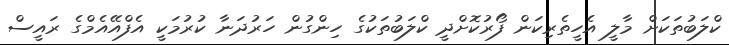
ކްލަބުތަކަށް މާލީ އެހީތެރިކަން ފޯރުކޮށްދީ ކްލަބުތަކުގެ ހިންގުން ހަރުދަނާ ކުރުމަކީ އެފްއޭއެމްގެ ރައީސް